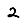
Digit: 2